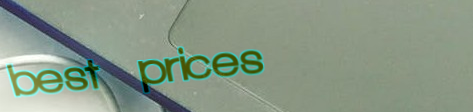
best prices